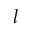
l